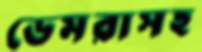
ডেমরাসহ